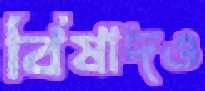
বিষাদও